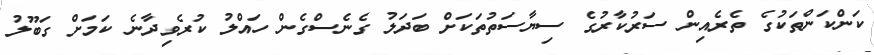
ކަންކަންތަކުގެ ތެރެއިން ސަރުކާރުގެ ސިޔާސަތުތަކަށް ބަދަލު ގެނެސްގެން ހައްލު ކުރެވިދާނެ ކަމަށް ގަބޫލު